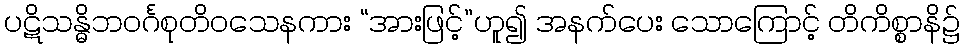
ပဋိသန္ဓိဘဝင်္ဂစုတိဝသေနကား “အားဖြင့်”ဟူ၍ အနက်ပေး သောကြောင့် တိကိစ္စာနိ၌